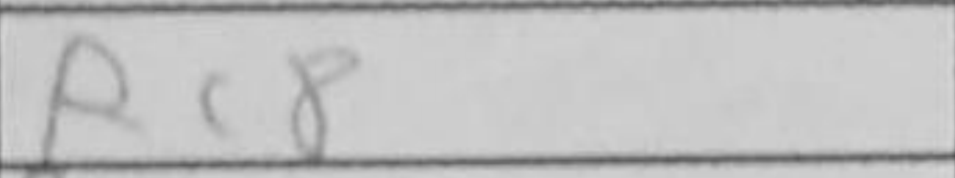
Transcription: Rc8